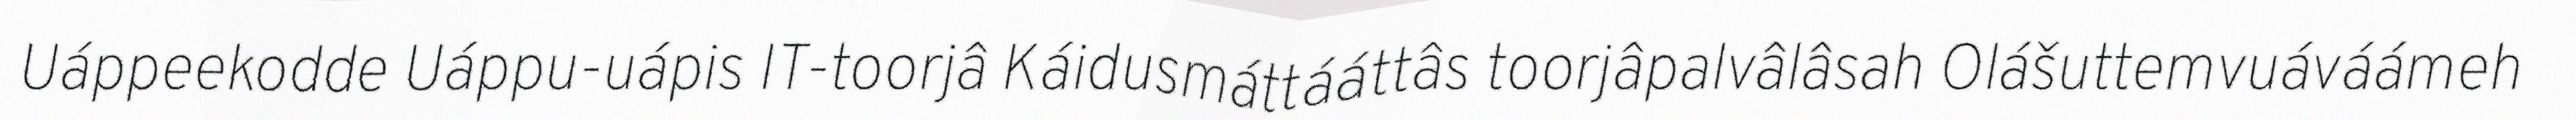
Uáppeekodde Uáppu-uápis IT-toorjâ Káidusmáttááttâs toorjâpalvâlâsah Olášuttemvuáváámeh